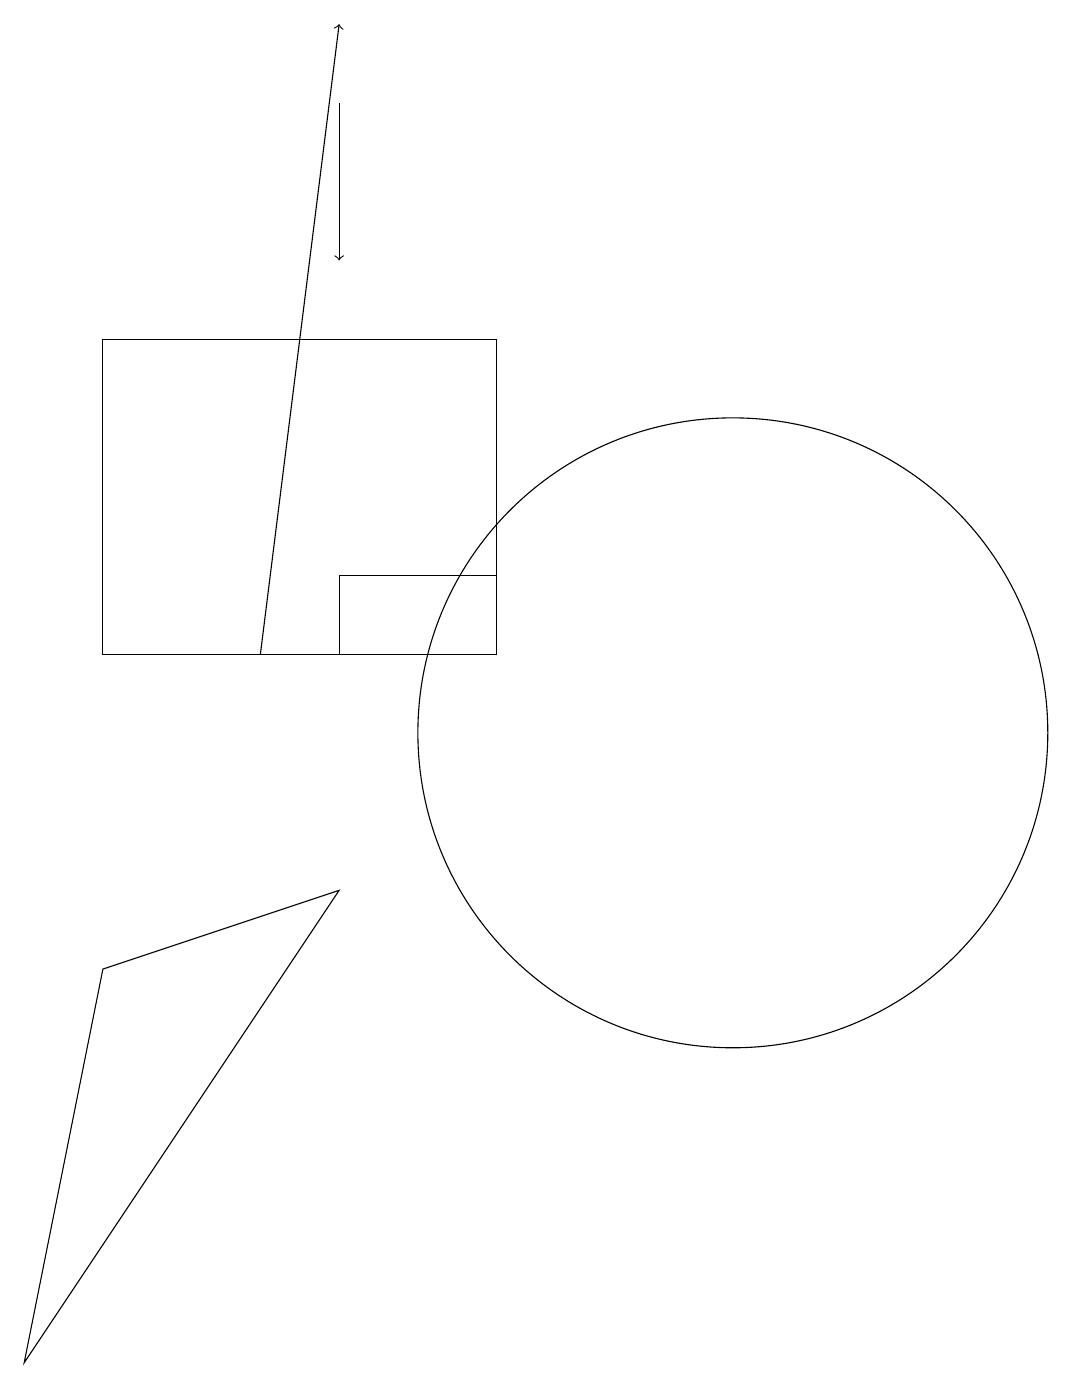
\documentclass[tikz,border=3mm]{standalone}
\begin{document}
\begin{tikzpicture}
\draw (5,8) -- (1,2) -- (2,7) -- cycle;
\draw (10,10) circle (4);
\draw (7,15) rectangle (2,11);
\draw[->] (4,11) -- (5,19);
\draw (5,11) rectangle (7,12);
\draw[->] (5,18) -- (5,16);
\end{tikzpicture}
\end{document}